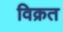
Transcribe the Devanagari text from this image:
विक्रत